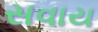
સવાય